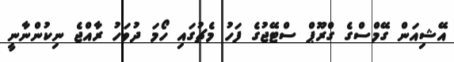
އޭޝިއަން ގޭމްސްގެ ގްރޫޕް ސްޓޭޖުގެ ފަހު މެޗުގައި ހޯމަ ދުވަހު ރާއްޖެ ނިކުންނާނީ